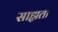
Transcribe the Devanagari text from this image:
साह्यता